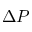
\Delta P